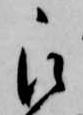
被